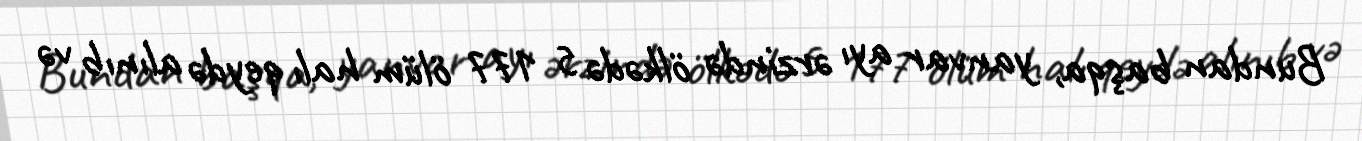
Bundan başqa, yanvar ayı ərzində ölkədə 5 177 ölüm halı qeydə alınıb və